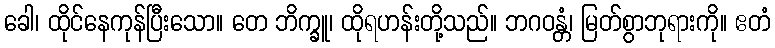
ခေါ၊ ထိုင်နေကုန်ပြီးသော။ တေ ဘိက္ခူ၊ ထိုရဟန်းတို့သည်။ ဘဂဝန္တံ၊ မြတ်စွာဘုရားကို။ ဧတံ